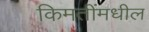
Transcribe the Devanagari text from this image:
किमतींमधील